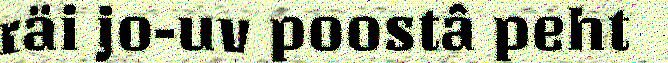
räi jo-uv poostâ peht